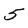
Character: 5